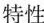
特性